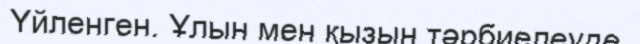
Үйленген. Ұлын мен қызын тәрбиелеуде.